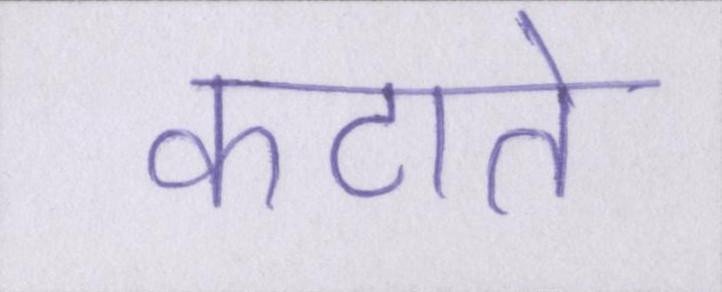
कटाते